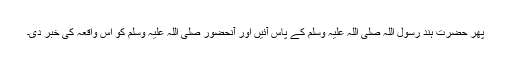
پھر حضرت ہند رسول اللہ صلی اللہ علیہ وسلم کے پاس آئیں اور آنحضور صلی اللہ علیہ وسلم کو اس واقعہ کی خبر دی۔